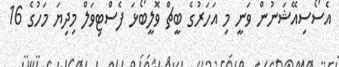
އެސޯސިއޭޝަނުން ވަނީ މި އަހަރުގެ ބީޗް ވޮލީބޯޅަ ފެސްޓިވަލް މިދިޔަ މަހުގެ 16